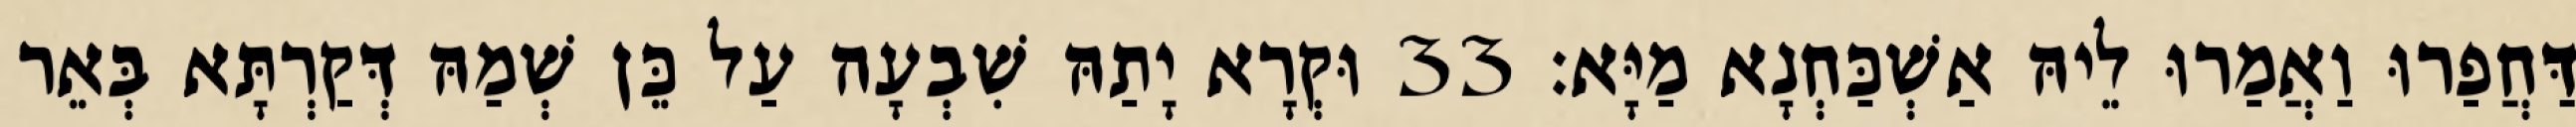
דַּחֲפַרוּ וַאֲמַרוּ לֵיהּ אַשְׁכַּחְנָא מַיָּא׃ 33 וּקְרָא יָתַהּ שִׁבְעָה עַל כֵּן שְׁמַהּ דְּקַרְתָּא בְּאֵר